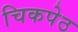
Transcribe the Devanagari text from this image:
चिकपेठ